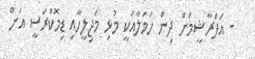
- އަފްރާޝީމަށް ދިން ހަމަލާއަކީ މުޅި މަޖިލީހާއި ޑިމޮކްރަސީ އަށް